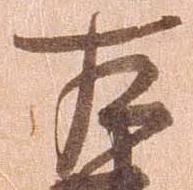
左